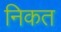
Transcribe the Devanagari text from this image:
निकत